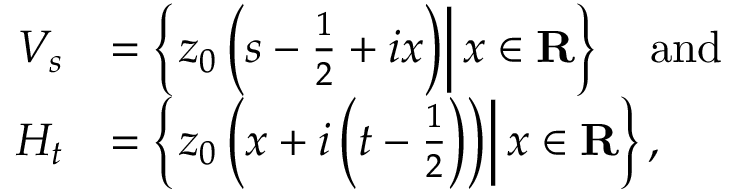
{ \begin{array} { r l } { V _ { s } } & { = \left\{ \left. z _ { 0 } \left( s - { \frac { 1 } { 2 } } + i x \right) \right\vert x \in \mathbf { R } \right\} \quad { \mathrm { a n d } } } \\ { H _ { t } } & { = \left\{ \left. z _ { 0 } \left( x + i \left( t - { \frac { 1 } { 2 } } \right) \right) \right\vert x \in \mathbf { R } \right\} , } \end{array} }